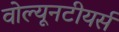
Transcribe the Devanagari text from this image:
वोल्यूनटीयर्स